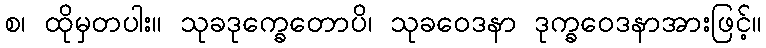
စ၊ ထိုမှတပါး။ သုခဒုက္ခေတောပိ၊ သုခဝေဒနာ ဒုက္ခဝေဒနာအားဖြင့်။